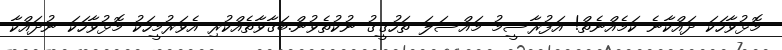
މޮޅުވާހަކަ ދައްކާނެ ކަމެއްނެތް! އަފުރާސީމު މައްސަލަ ތަހުގީގު ނުކުތެވުން.ބަގާވާތެއްކުރި އެވަރުމީހަކު މޮޅުވާހަކަ ނުދައްކާ